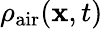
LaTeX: \rho_{\mathrm{air}}(\mathbf x,t)